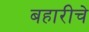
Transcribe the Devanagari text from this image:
बहारीचे